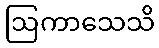
ဩကာသေသိ